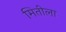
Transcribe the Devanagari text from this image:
मितीला